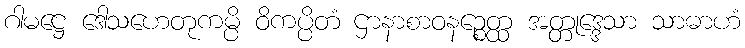
ဂါမဋ္ဌေ ဒေါသဟေတုကမ္ပိ ဝိကပ္ပိတံ ဌာနာစာဝနဉ္စေတ္ထ အတ္တုဒ္ဒေသာ သာဓာဟံ